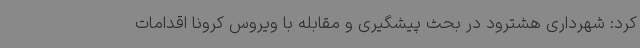
کرد: شهرداری هشترود در بحث پیشگیری و مقابله با ویروس کرونا اقدامات